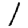
Digit: 1